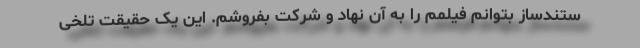
ستندساز بتوانم فیلمم را به آن نهاد و شرکت بفروشم. این یک حقیقت تلخی